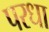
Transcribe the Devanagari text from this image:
परधा